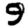
Digit: 9